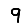
Digit: 9